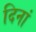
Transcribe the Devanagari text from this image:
दिनां